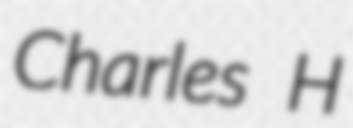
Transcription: Charles H